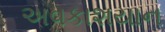
અવકાશયાન